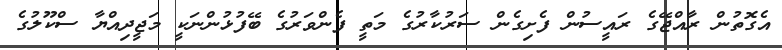
އެގޮތުން ރާއްޖޭގެ ރައީސުން ފެށިގެން ސަރުކާރުގެ މަތީ ފެންވަރުގެ ބޭފުޅުންނަކީ މަޖީދިއްޔާ ސްކޫލުގެ